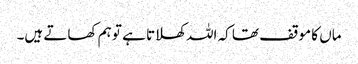
ماں کا موقف تھا کہ اللہ کھلاتا ہے تو ہم کھاتے ہیں۔